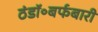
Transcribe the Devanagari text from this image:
ठंडॉ॰बर्फबारी